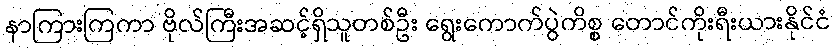
နာကြားကြကာ ဗိုလ်ကြီးအဆင့်ရှိသူတစ်ဦး ရွေးကောက်ပွဲကိစ္စ တောင်ကိုးရီးယားနိုင်ငံ